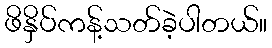
ဖိနှိပ်ကန့်သတ်ခဲ့ပါတယ်။